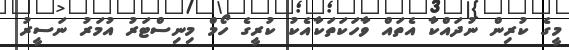
މީގެ ކުރިން ނުދައްކާ އެތައް ވާހަކަތަކާއެކު ކުރީގެ ހޯމް މިނިސްޓަރު އުމަރު ނަސީރު